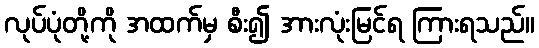
လုပ်ပုံတို့ကို အထက်မှ စီး၍ အားလုံးမြင်ရ ကြားရသည်။